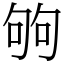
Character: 𠣪